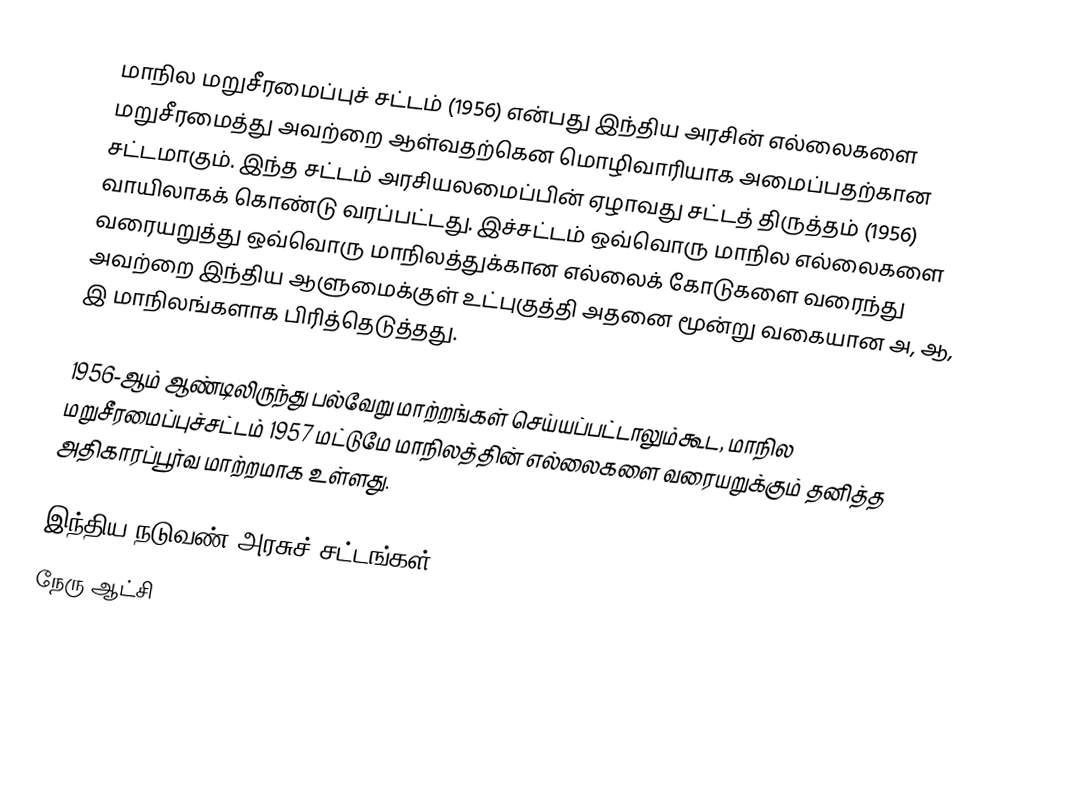
மாநில மறுசீரமைப்புச் சட்டம் (1956) என்பது இந்திய அரசின் எல்லைகளை மறுசீரமைத்து அவற்றை ஆள்வதற்கென மொழிவாரியாக அமைப்பதற்கான சட்டமாகும். இந்த சட்டம் அரசியலமைப்பின் ஏழாவது சட்டத் திருத்தம் (1956) வாயிலாகக் கொண்டு வரப்பட்டது. இச்சட்டம் ஒவ்வொரு மாநில எல்லைகளை வரையறுத்து ஒவ்வொரு மாநிலத்துக்கான எல்லைக் கோடுகளை வரைந்து அவற்றை இந்திய ஆளுமைக்குள் உட்புகுத்தி அதனை மூன்று வகையான அ, ஆ, இ மாநிலங்களாக பிரித்தெடுத்தது.

1956-ஆம் ஆண்டிலிருந்து பல்வேறு மாற்றங்கள் செய்யப்பட்டாலும்கூட, மாநில மறுசீரமைப்புச்சட்டம் 1957 மட்டுமே மாநிலத்தின் எல்லைகளை வரையறுக்கும் தனித்த அதிகாரப்பூர்வ மாற்றமாக உள்ளது.

இந்திய நடுவண் அரசுச் சட்டங்கள்
நேரு ஆட்சி